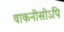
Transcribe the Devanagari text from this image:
वाकनीसोऽपि